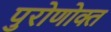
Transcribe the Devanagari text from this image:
पुरोणोक्त